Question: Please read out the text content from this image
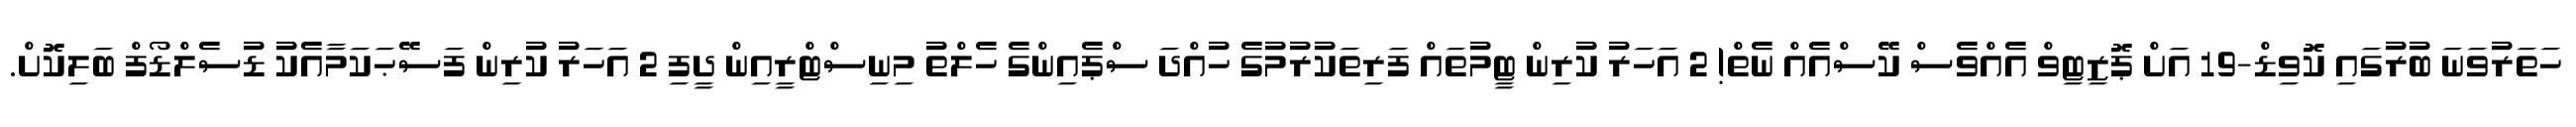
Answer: ހަތަރުވަނަ ބުރުގައި ކޮވިޑް-19 އަށް ޕޮޒިޓިވް އެއްވެސް ކޭސްއެއް ނެތް! 2 އަހަރު ކުރިން ޓީމުތައް ފަރިތަކުރުމުގެ ހުއްދަ ސްޕެއިންގެ ހެލްތު މިނިސްޓްރީއިން ދީފި 2 އަހަރު ކުރިން ފަސޭޙަކަމާއެކު ޑުސެލްޑޯފް ބަލިކޮށް.